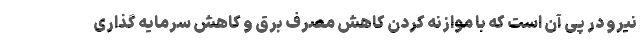
نیرو در پی آن است که با موازنه کردن کاهش مصرف برق و کاهش سرمایه گذاری